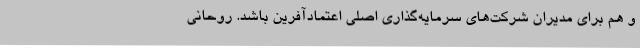
و هم برای مدیران شرکت‌های سرمایه‌گذاری اصلی اعتمادآفرین باشد. روحانی